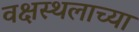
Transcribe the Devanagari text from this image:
वक्षस्थलाच्या